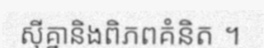
ស៊ីគ្នានិងពិភពគំនិត ។